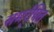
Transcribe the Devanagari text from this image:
समर्र्पित